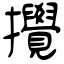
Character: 攪